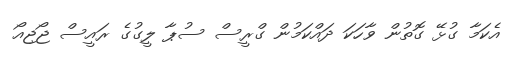
އެކަމާ ގުޅޭ ގޮތުން ވާހަކަ ދައްކަމުން ގްރީސް ސުޕާ ލީގުގެ ރައީސް ޖޯޖިއޯ